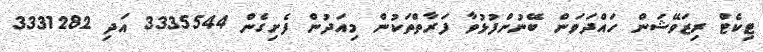
ޓިކެޓް ރިޒަވޭޝަން ހައްދަވަން ބޭނުންފުޅުވާ ފަރާތްތަކުން މިއަދުން ފެށިގެން 3335544 އަދި 3331282